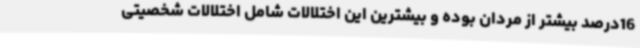
16درصد بیشتر از مردان بوده و بیشترین این اختلالات شامل اختلالات شخصیتی